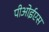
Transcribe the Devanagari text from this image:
पीओईएस